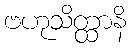
ဗဟုသိတ္ထာနိ